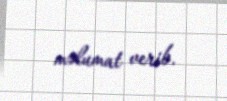
məlumat verib.